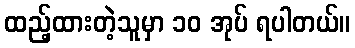
ထည့်ထားတဲ့သူမှာ ၁၀ အုပ် ရပါတယ်။